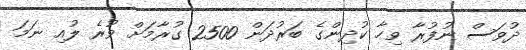
ދުވަސް ނުފުރާ ވިހާ ކުދިންގެ ބަރުދަން 2500 ގުރާމަށް ވުރެ ލުއި ނަމަ